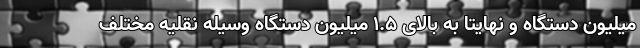
میلیون دستگاه و نهایتا به بالای ۱.۵ میلیون دستگاه وسیله نقلیه مختلف